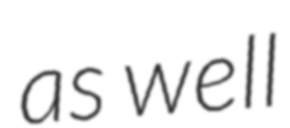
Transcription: as well